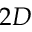
2 D